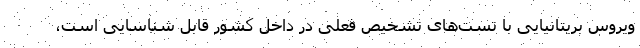
ویروس بریتانیایی با تست‌های تشخیص فعلی در داخل کشور قابل شناسایی است،